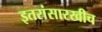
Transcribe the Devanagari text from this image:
इतरांसारखीच